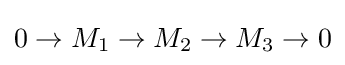
0\to M_{1}\to M_{2}\to M_{3}\to 0